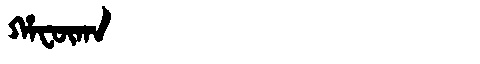
Manchu: ᡥᠠᡶᡡᡴᠠ
Romanization: HAFŪKA